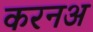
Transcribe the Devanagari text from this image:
करनअ